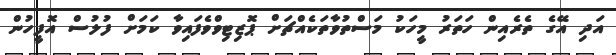
އަދި އޭގެ ތެރެއިން ހަތަރު މީހަކު މަސްތުވާތަކެއްޗަށް ޕޮޒިޓިވްވެފައިވާ ކަމަށް ފުލުސް އޮފީހުން